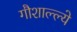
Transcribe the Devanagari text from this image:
गौशाल्ल्ये